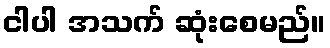
ငါပါ အသက် ဆုံးစေမည်။